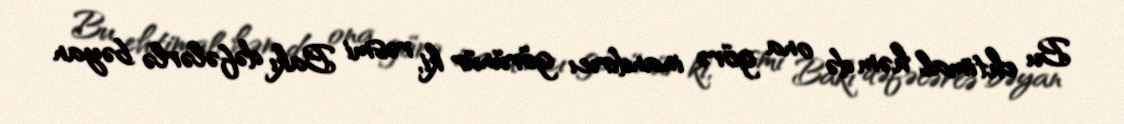
Bu ehtimal həm də ona görə inandırıcı görünür ki, rəsmi Bakı dəfələrlə bəyan